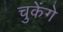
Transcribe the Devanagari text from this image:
चुकेंगे